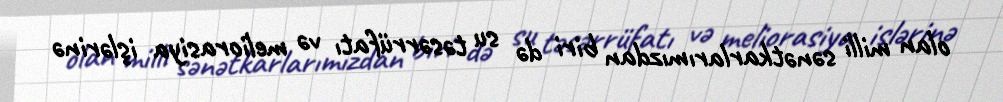
olan milli sənətkarlarımızdan biri də su təsərrüfatı və meliorasiya işlərinə